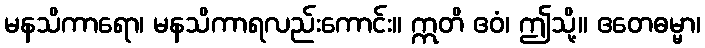
မနသိကာရော၊ မနသိကာရလည်းကောင်း။ ဣတိ ဧဝံ၊ ဤသို့။ ဧတေဓမ္မာ၊